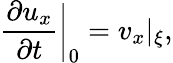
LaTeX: {\frac{\partial u_{x}}{\partial t}}\bigg\vert_{0}=v_{x}|_{\xi},